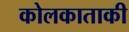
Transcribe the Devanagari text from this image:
कोलकाताकी